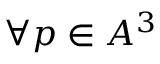
\forall p \in A ^ { 3 }